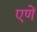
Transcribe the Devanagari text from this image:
एणें